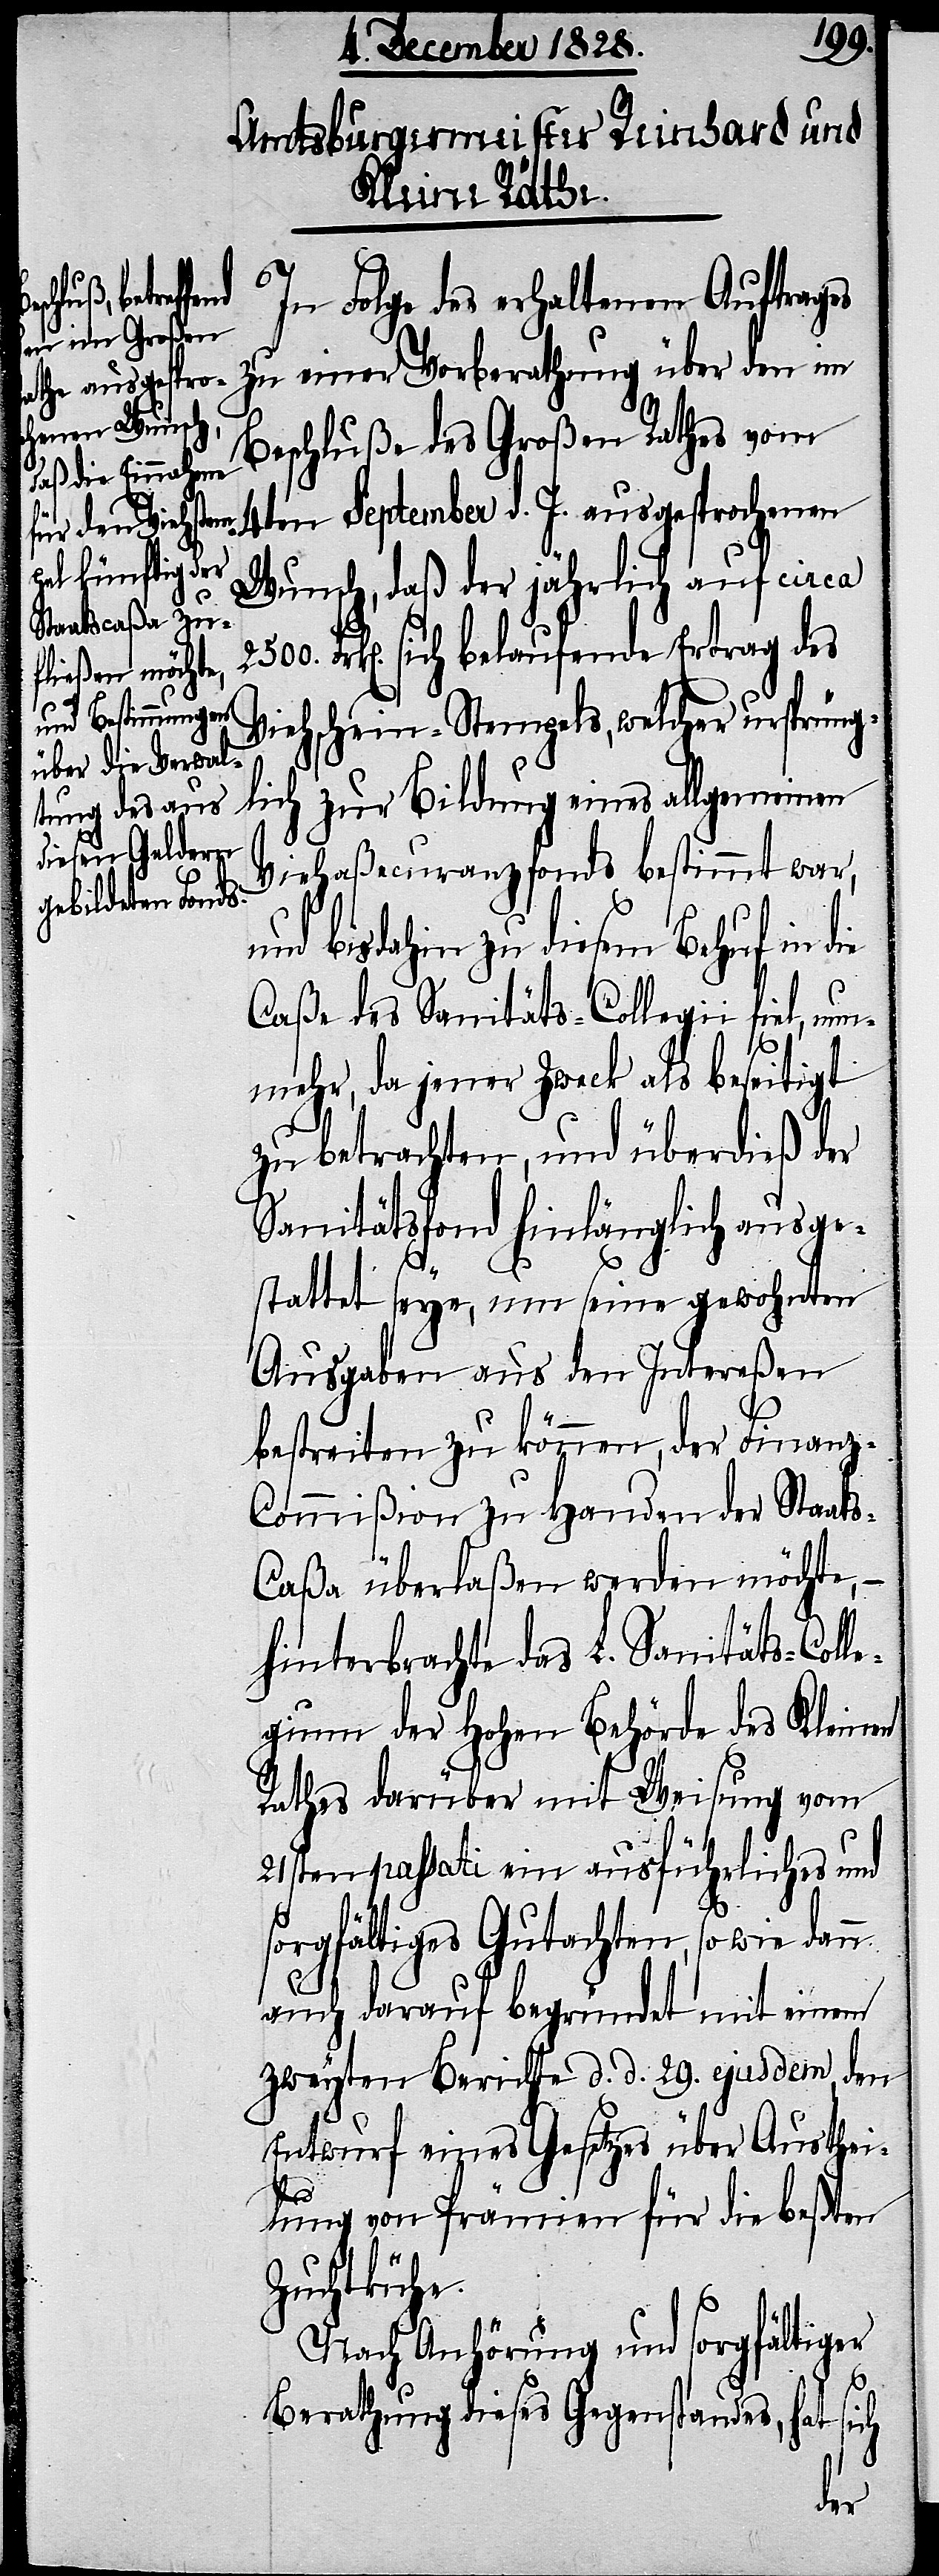
2500.
In Folge des erhaltenen Auftrages
zu einer Vorberathung über den im
Beschluße des Großen Rathes vom
4ten September d. J. ausgesprochenen
Wunsch, daß der jährlich auf circa
Frk[en]. sich belaufende Ertrag des
Viehschein-Stempels, welcher ursprüng¬
lich zur Bildung eines allgemeinen
Viehaßecuranzfonds bestimmt war,
und bisdahin zu diesem Behuf in die
Caße des Sanitäts-Collegii fiel, nu¬
nmehr, da jener Zweck als beseitigt
zu betrachten, und überdieß der
Sanitätsfond hinlänglich ausge¬
stattet seye, um seine gewohnten
Ausgaben aus den Intereßen
bestreiten zu können, der Finan¬
z-Commißion zu Handen der Staat¬
s-Caßa überlaßen werden möchte,
hinterbrachte das L. Sanitäts-Coll¬
egium der Hohen Behörde des Kleinen
Rathes darüber mit Weisung vom
21sten passati ein ausführliches und
sorgfältiges Gutachten, so wie dann
auch darauf begründet mit einem
zweyten Berichte d. d. 29. ejusdem, den
Entwurf eines Gesetzes über Austhei¬
lung von Prämien für die beßten
Zuchtkühe.
Nach Anhörung und sorgfältiger
Berathung dieses Gegenstandes, hat sich